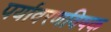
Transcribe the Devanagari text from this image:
पर्यावरणविषक